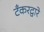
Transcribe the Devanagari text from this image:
टँकरद्वारे